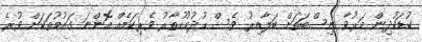
ކުޑަކުދިން މަރުވާ ނިސްބަތަށް ބަލާއިރު ވެސް ހުދުމުހުތާރު ވެރިކަމެއް އޮންނަ ގައުމުތަކަށް ވުރެ